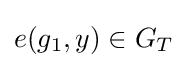
e(g_{1},y)\in G_{T}